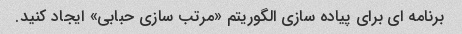
برنامه ای برای پیاده سازی الگوریتم «مرتب سازی حبابی» ایجاد کنید.